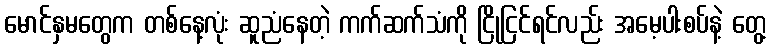
မောင်နှမတွေက တစ်နေ့လုံး ဆူညံနေတဲ့ ကက်ဆက်သံကို ငြိုငြင်ရင်လည်း အမေ့ပါးစပ်နဲ့ တွေ့